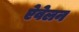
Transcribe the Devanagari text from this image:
ऐवेलन